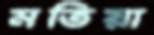
মতিয়া